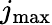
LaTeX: j_{\mathrm{max}}